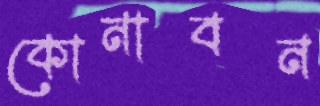
কোনাবন